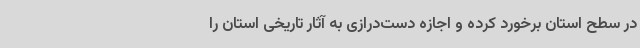
در سطح استان برخورد کرده و اجازه دست‌درازی به آثار تاریخی استان را